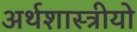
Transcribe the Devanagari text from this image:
अर्थशास्त्रीयो